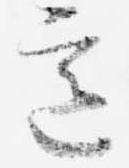
意